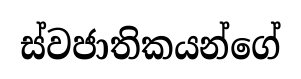
ස්වජාතිකයන්ගේ